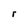
Character: r